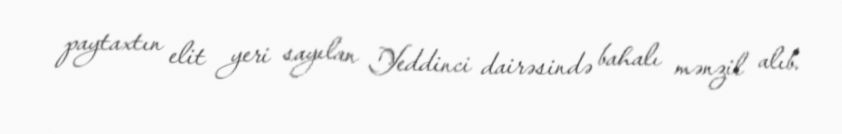
paytaxtın elit yeri sayılan Yeddinci dairəsində bahalı mənzil alıb.